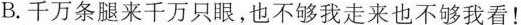
B.千万条腿来千万只眼，也不够我走来也不够我看！